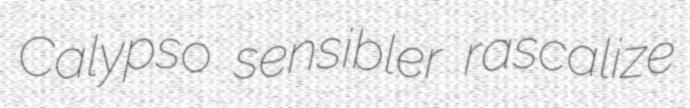
Calypso sensibler rascalize